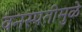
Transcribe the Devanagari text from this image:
वनस्पतीमुळे